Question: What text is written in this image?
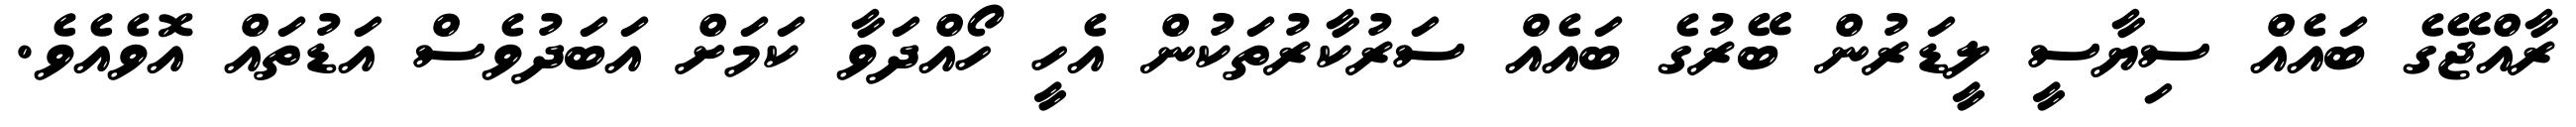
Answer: ރާއްޖޭގެ ބައެއް ސިޔާސީ ލީޑަރުން ބޭރުގެ ބައެއް ސަރުކާރުތަކުން އެހީ ހޯއްދަވާ ކަމަށް އަބަދުވެސް އަޑުތައް އޮވެއެވެ.